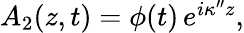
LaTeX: \begin{array}{r}{A_{2}(z,t)=\phi(t)\, e^{i\kappa^{\prime\prime}z},}\end{array}